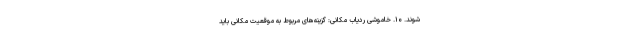
شوند. ۱۰. خاموشی ردیاب مکانی: گزینه‌های مربوط به موقعیت مکانی باید